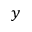
y